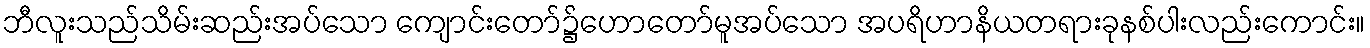
ဘီလူးသည်သိမ်းဆည်းအပ်သော ကျောင်းတော်၌ဟောတော်မူအပ်သော အပရိဟာနိယတရားခုနစ်ပါးလည်းကောင်း။